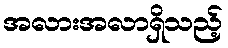
အလားအလာရှိသည့်